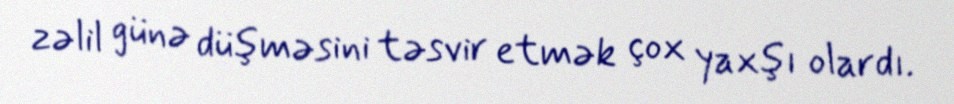
zəlil günə düşməsini təsvir etmək çox yaxşı olardı.